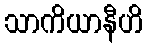
သာကိယာနီဟိ